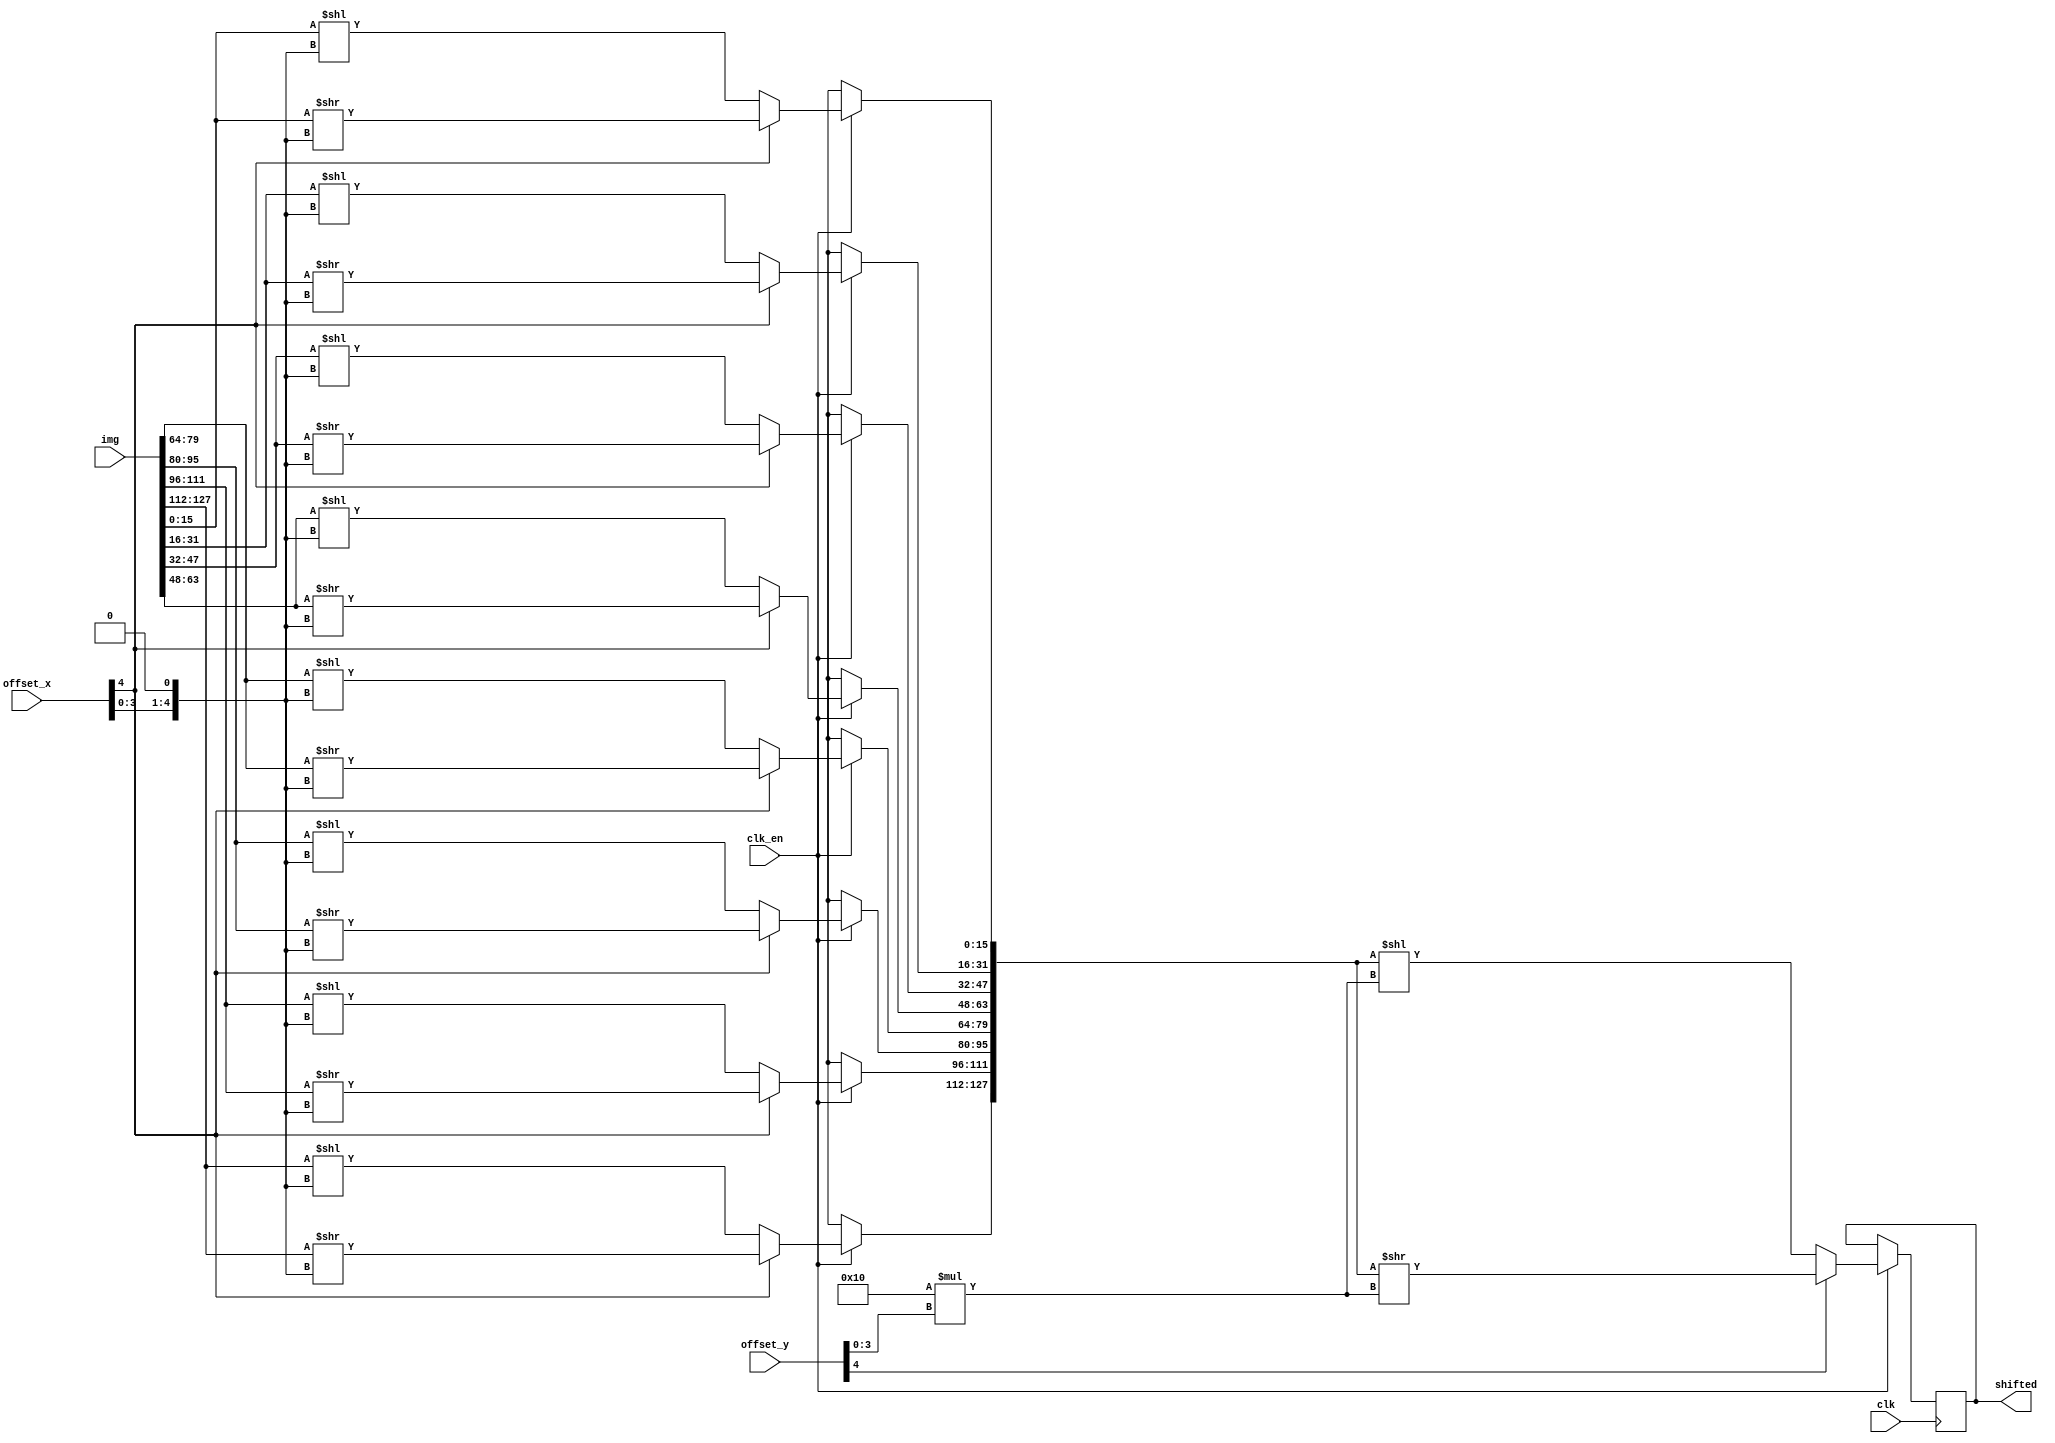
module shifter_unit(
	input wire clk,
	input wire clk_en,
	input wire[4:0] offset_x,
	input wire[4:0] offset_y,
	input wire[127:0] img,
	output reg[127:0] shifted
);
	integer i;
	reg[127:0] tmp;

	always @(posedge clk) begin 
		if(clk_en == 1'b1) begin
			if(offset_x[4] == 1'b0) begin
				for(i = 0; i < 8; i = i + 1) begin
					tmp[i * 16 +: 16] = img[i * 16 +: 16] << {offset_x[3:0], 1'b0};
				end
			end else begin
				for(i = 0; i < 8; i = i + 1) begin
					tmp[i * 16 +: 16] = img[i * 16 +: 16] >> {offset_x[3:0], 1'b0};
				end
			end
			
			if(offset_y[4] == 1'b0) begin
				shifted <= tmp << 16 * offset_y[3:0];
			end else begin
				shifted <= tmp >> 16 * offset_y[3:0];
			end
		end
	end 

endmodule